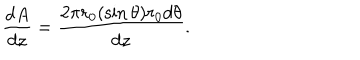
\frac { d A } { d z } = \frac { 2 \pi r _ { 0 } ( \sin \theta ) r _ { 0 } d \theta } { d z } .